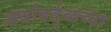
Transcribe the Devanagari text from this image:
अर्धावर्तुळच्या